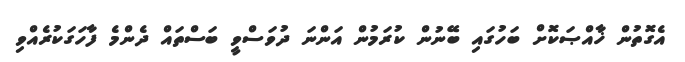
އެގޮތުން ޚާއްޞަކޮށް ބަހުގައި ބޭނުން ކުރަމުން އަންނަ ދުވަސްވީ ބަސްތައް ދެންމެ ފާހަގަކުރެއްވި